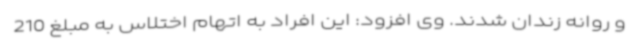
و روانه زندان شدند. وی افزود: این افراد به اتهام اختلاس به مبلغ 210